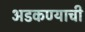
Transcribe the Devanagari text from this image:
अडकण्याची